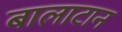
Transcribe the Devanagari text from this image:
बालाटान